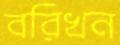
বরিখন